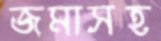
জমাসহ